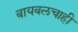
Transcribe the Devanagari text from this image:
बायबलचाही